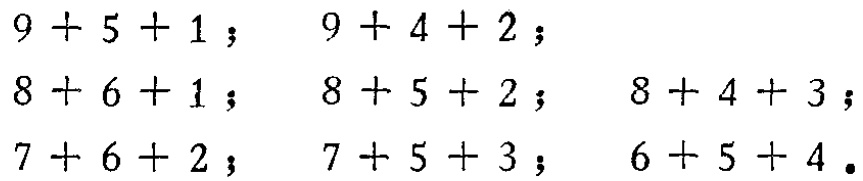
$9 + 5 + 1；\quad 9 + 4 + 2；\\

8 + 6 + 1；\quad 8 + 5 + 2；\quad 8 + 4 + 3；\\

7 + 6 + 2；\quad 7 + 5 + 3；\quad 6 + 5 + 4.$